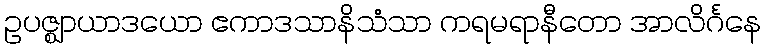
ဥပဇ္ဈာယာဒယော ဧကာဒသာနိသံသာ ကရမရာနီတော အာလိင်္ဂနေ